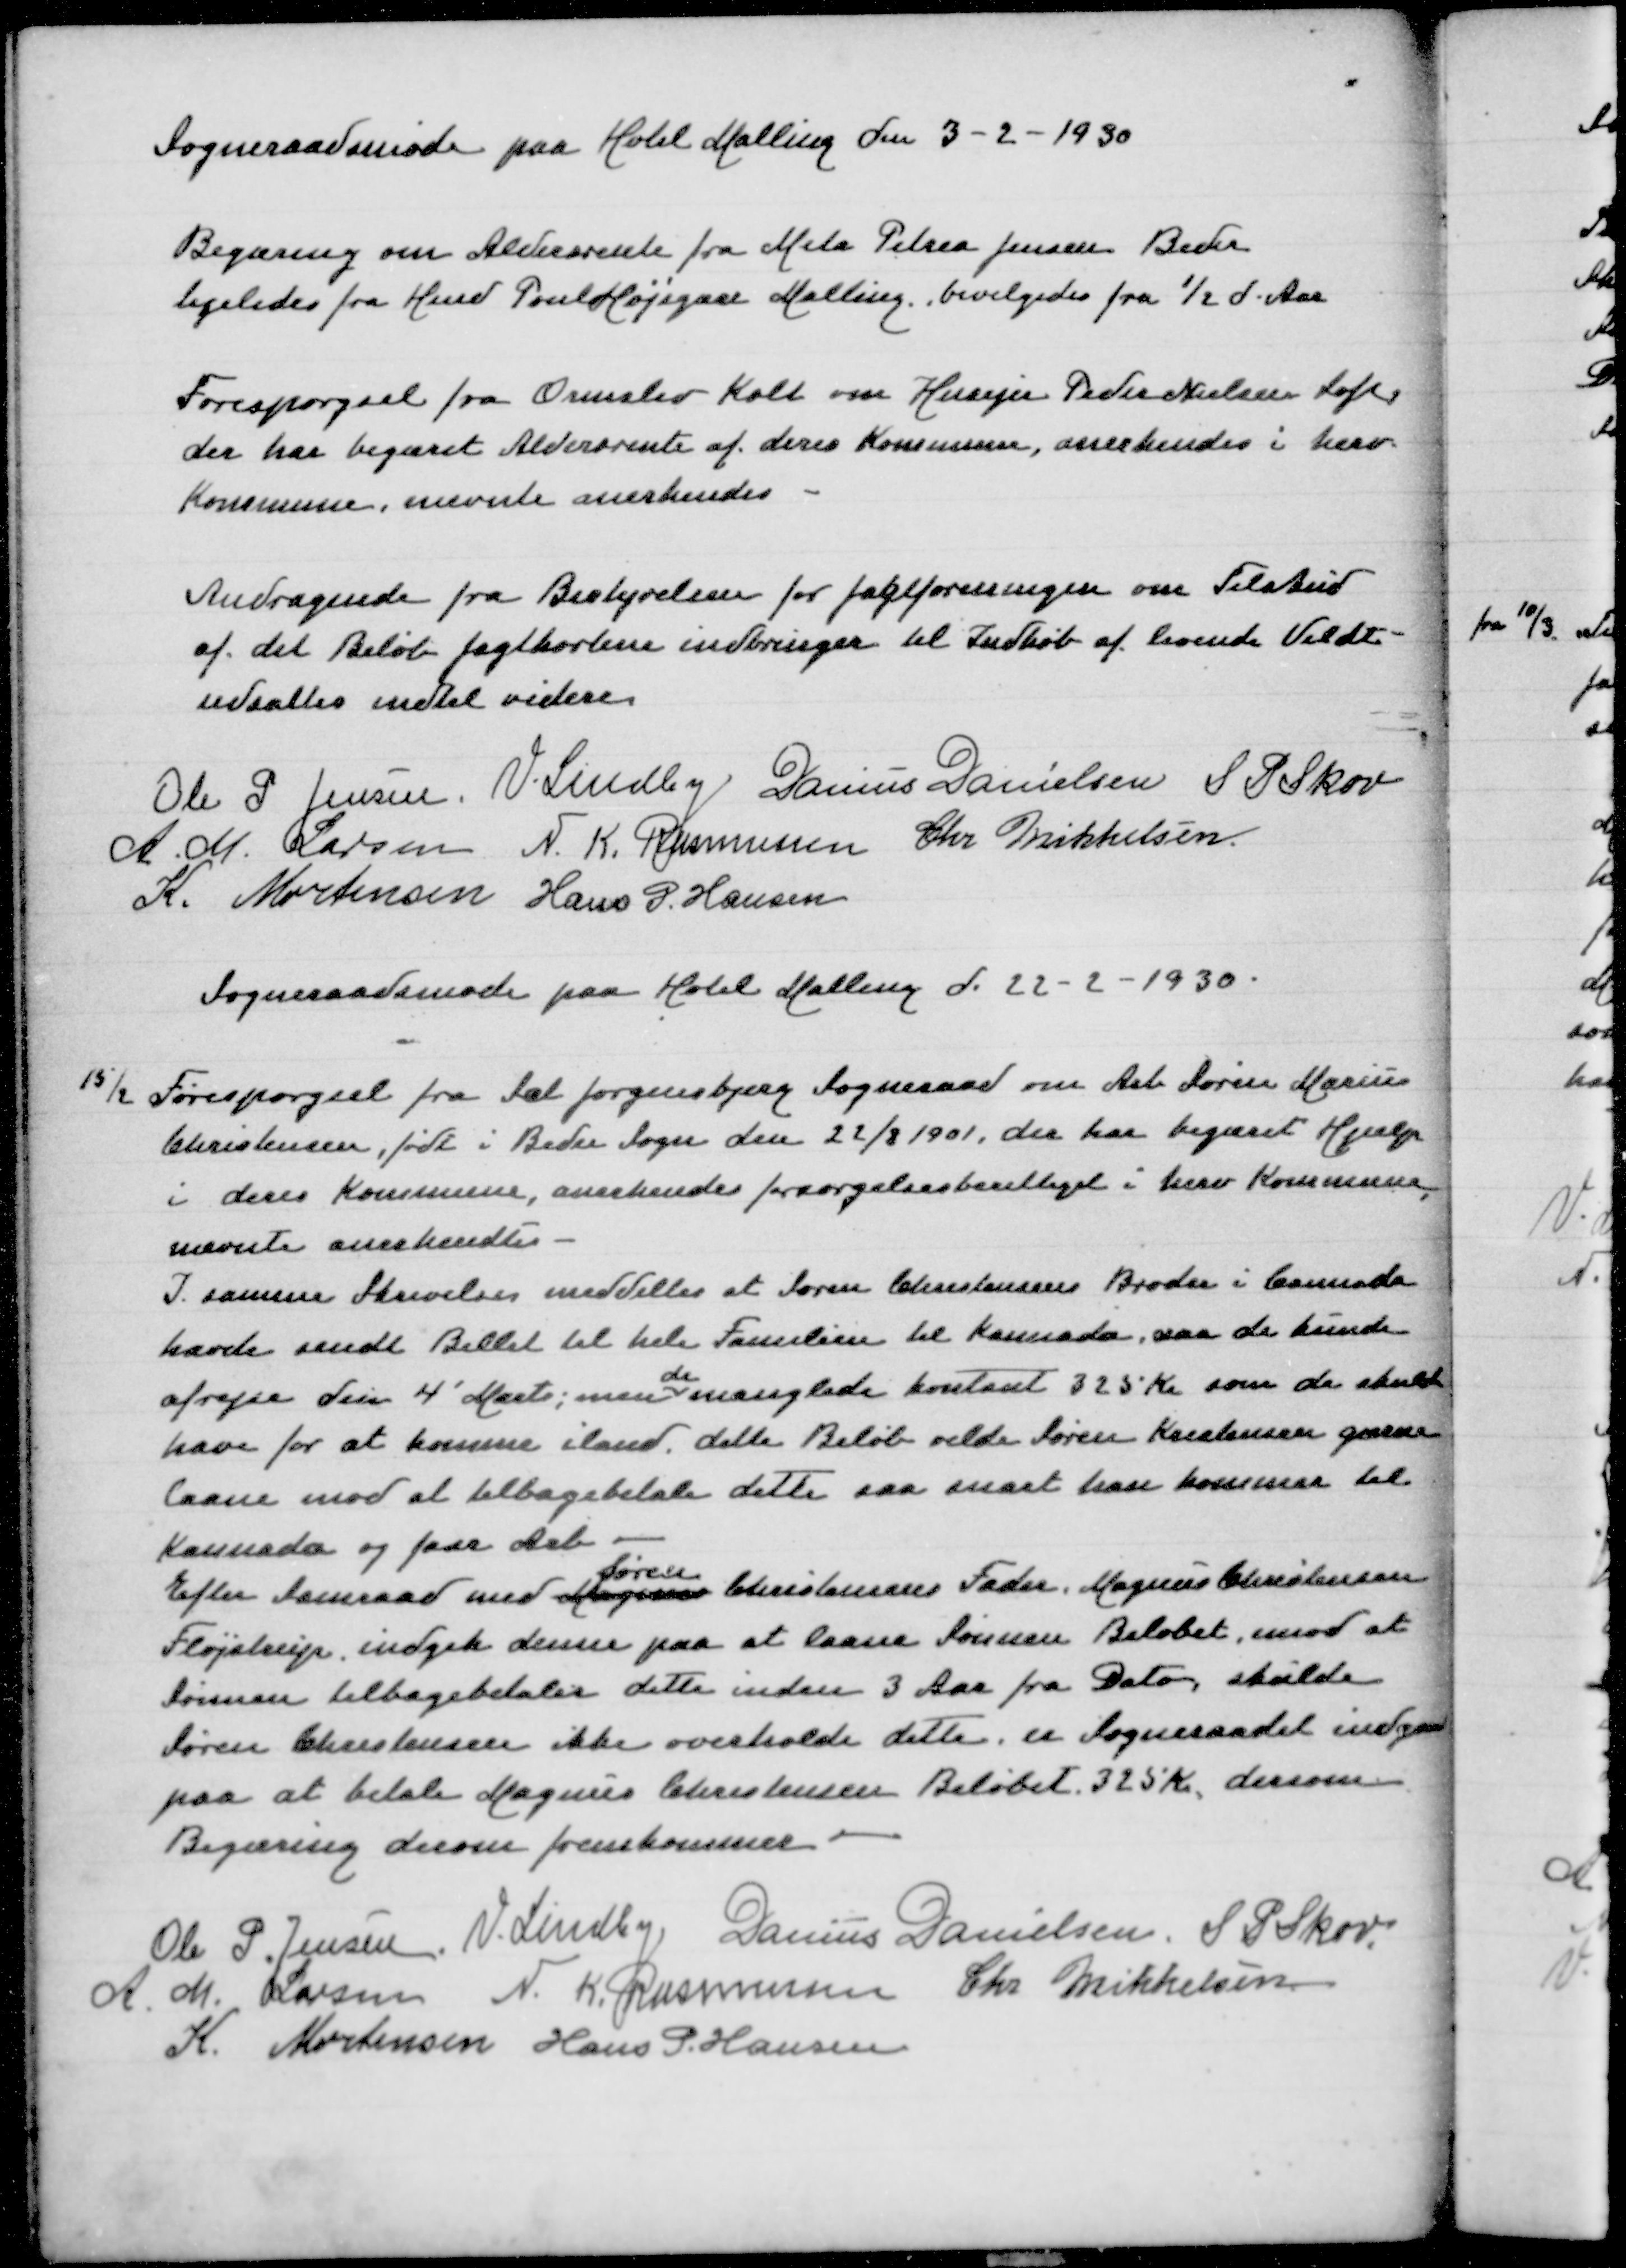
Transskription:
Sogneraadsmøde paa Hotel Malling den 3-2-1930

Begæring om Aldersrente fra Meta Petrea Jensen Beder
ligeledes for Hmd Poul Højsgaar Malling bevilgedes fra 1/2 d A

Forespørgsel fra Ormslev Kolt om Husejer Peder Nielsen Loft
der har begæret Aldersrente af deres Kommune, anerkendes i herv
Kommune, nævnte anerkendes

Andragende fra Jagtforeningen om Tilskud
af det Beløb Jagtkortene indbringer til Indkøb af levende Vildt
udsættes indtil videre

Ole P Jensen
V Lindby
Danius Danielsen
S P Skov
A M Larsen
N K Rasmussen
Chr Mikkelsen
K Mortensen
Hans P Hansen

Sogneraadsmøde paa Hotel Malling d 22-2-1930:

15/2 Forespørgsel fra Sct Jørgensbjerg Sogneraad om Arb Søren Marius
Christensen, født i Beder Sogn den 22/2 1901, der har begæret Hjælp
i deres Kommune, anerkendes forsørgelsesberettiget i herv Kommune
nævnte anerkendtes
I samme Skrivelse meddeles at Søren Christensens Broder i Cannada
havde sendt Billet til hele Familien til Kannada, saa de kunde
de
afrejse den 4' Marts; men manglede kontant 325 Kr som de skulde
have for at komme iland, dette Beløb vilde Søren Kristensen gærne
laane mod at tilbagebetale dette saa snart han kommer til
Kannada og faar Arbejde
Søren
Efter Samraad med Mogens Christensens Fader Magnus Christensen
Fløjstrup, indgik denne paa at laane Søren Beløbet, mod at
Sønnen tilbagebetaler dette inden 3 Aar fra Dato, skulde
Søren Christensen ikke overholde dette, er Sogneraadet indgaaet
paa at betale Magnus Christensen Beløbet 325 Kr, dersom
Begæring derom fremsættes
Ole P Jensen
V Lindby
Danius Danielsen
S P Skov
A M Larsen
N K Rasmussen
Chr Mikkelsen
K Mortensen
Hans P Hansen